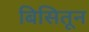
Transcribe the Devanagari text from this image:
बिसितून